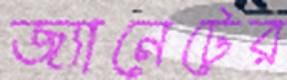
জ্যানেটের